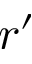
r ^ { \prime }